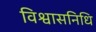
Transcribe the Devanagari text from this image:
विश्वासनिधि